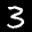
Label: 3